Indian journal of veterinary science and animal husbandry - Volume 2,
Year: 1932
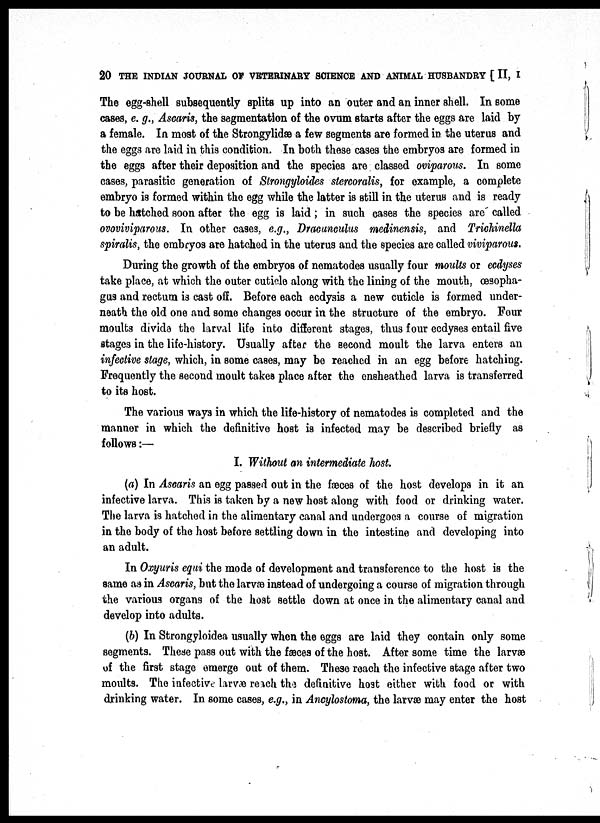
20 THE INDIAN JOURNAL OF VETERINARY SCIENCE AND ANIMAL HUSBANDRY [ II, I
The egg-shell subsequently splits up into an outer and an inner shell. In some
cases, e. g., Ascaris, the segmentation of the ovum starts after the eggs are laid by
a female. In most of the Strongylidæ a few segments are formed in the uterus and
the eggs are laid in this condition. In both these cases the embryos are formed in
the eggs after their deposition and the species are classed oviparous. In some
cases, parasitic generation of Strongyloides stercoralis, for example, a complete
embryo is formed within the egg while the latter is still in the uterus and is ready
to be hatched soon after the egg is laid; in such cases the species are called
ovoviviparous. In other cases, e.g., Dracunculus medinensis and Trichinella
spiralis, the embryos are hatched in the uterus and the species are called viviparous.
During the growth of the embryos of nematodes usually four moults or ecdyses
take place, at which the outer cuticle along with the lining of the mouth, œsopha¬
gus and rectum is cast off. Before each ecdysis a new cuticle is formed under-
neath the old one and some changes occur in the structure of the embryo. Four
moults divide the larval life into different stages, thus four ecdyses entail five
stages in the life-history. Usually after the second moult the larva enters an
infective stage, which, in some cases, may be reached in an egg before hatching.
Frequently the second moult takes place after the ensheathed larva is transferred
to its host.
The various ways in which the life-history of nematodes is completed and the
manner in which the definitive host is infected may be described briefly as
follows :—
I. Without an intermediate host.
(a) In Ascaris an egg passed out in the fæces of the host develops in it an
infective larva. This is taken by a new host along with food or drinking water.
The larva is hatched in the alimentary canal and undergoes a course of migration
in the body of the host before settling down in the intestine and developing into
an adult.
In Oxyuris equi the mode of development and transference to the host is the
same as in Ascaris, but the larvæ instead of undergoing a course of migration through
the various organs of the host settle down at once in the alimentary canal and
develop into adults.
(b) In Strongyloidea usually when the eggs are laid they contain only some
segments. These pass out with the fæces of the host. After some time the larvæ
of the first stage emerge out of them. These reach the infective stage after two
moults. The infective larvæ reach the definitive host either with food or with
drinking water. In some cases, e.g., in Ancylostoma, the larvæ may enter the host